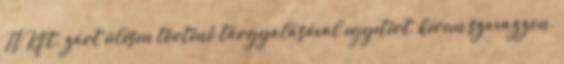
TV Kft. zárt ülésen történő tárgyalásával egyetért, kérem szavazzon.